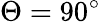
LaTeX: \Theta=90^{\circ}